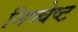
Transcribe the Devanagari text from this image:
निष्चेष्ट